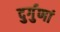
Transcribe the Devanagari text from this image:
दुर्गुणां